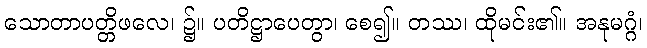
သောတာပတ္တိဖလေ၊ ၌။ ပတိဋ္ဌာပေတွာ၊ စေ၍။ တဿ၊ ထိုမင်း၏။ အနုမဂ္ဂံ၊